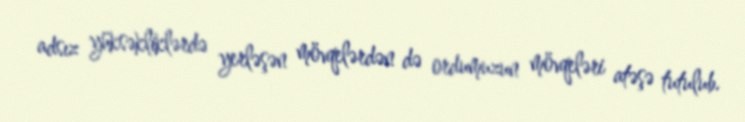
adsız yüksəkliklərdə yerləşən mövqelərdən də ordumuzun mövqeləri atəşə tutulub.